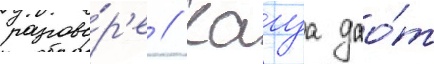
разгово́р'е // Кагуа дао́т